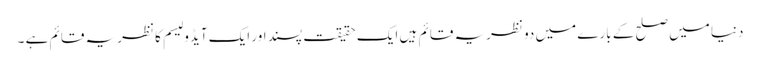
دنیا میں صلح کے بارے میں دو نظریہ قائم ہیں ایک حقیقت پسند اور ایک آیڈو لیسم کا نظریہ قائم ہے ۔